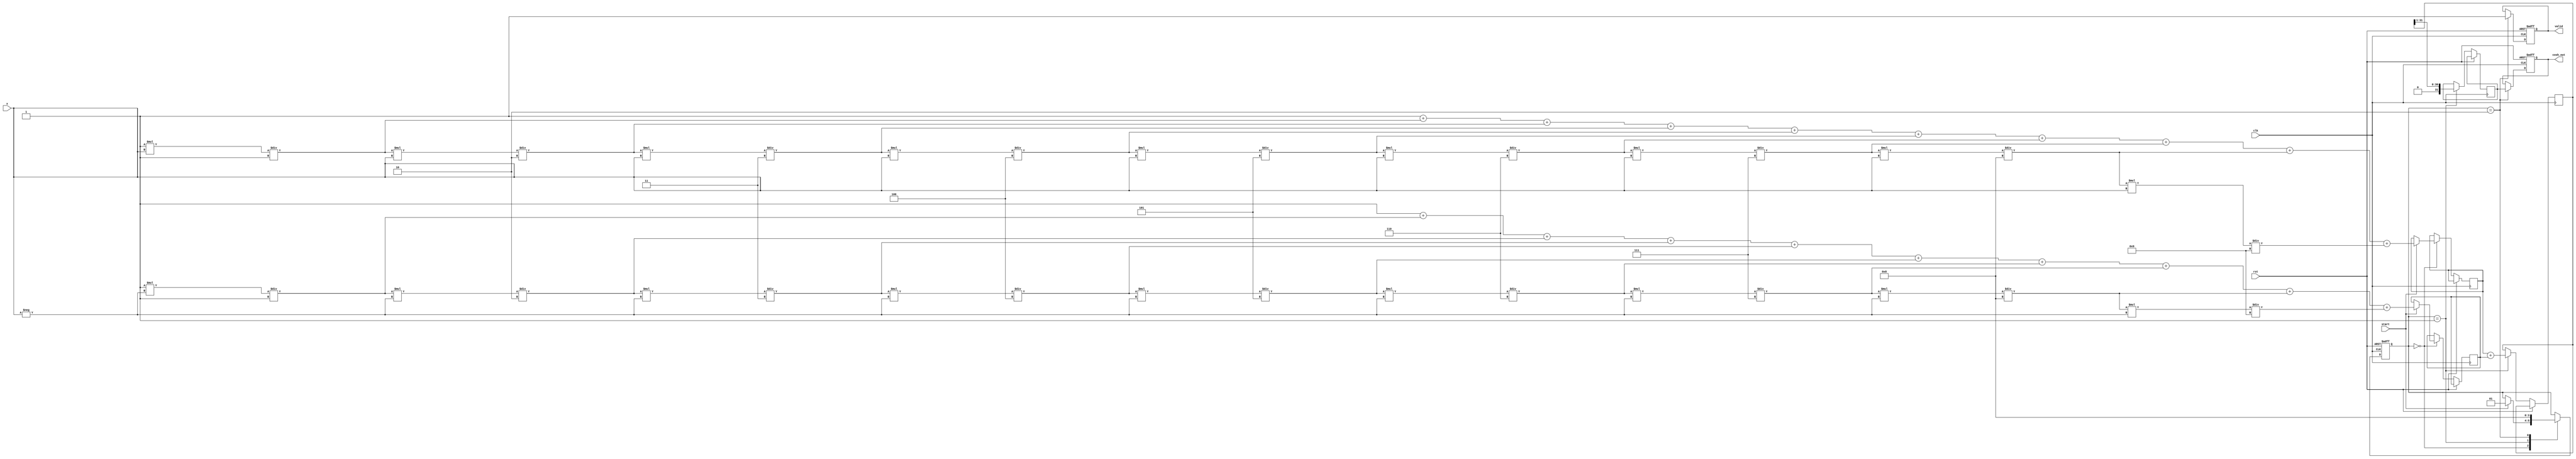
module hyperbolic_cosh #(
    parameter DATA_WIDTH = 32, // Input and output data width
    parameter EXPONENT_WIDTH = 16 // Width for exponent calculation
)(
    input wire clk,
    input wire rst,
    input wire [DATA_WIDTH-1:0] x, // Input value
    input wire start, // Start signal
    output reg [DATA_WIDTH-1:0] cosh_out, // Output value
    output reg valid // Output valid signal
);

    // Internal signals
    reg [DATA_WIDTH-1:0] exp_x; // e^x
    reg [DATA_WIDTH-1:0] exp_neg_x; // e^-x
    reg [DATA_WIDTH-1:0] sum_exp; // e^x + e^-x
    reg [DATA_WIDTH-1:0] half_sum; // (e^x + e^-x) / 2
    reg [1:0] state; // State for FSM
    localparam IDLE = 2'b00, CALC = 2'b01, DONE = 2'b10;

    // Exponential calculation using Taylor series expansion
    function [DATA_WIDTH-1:0] exp_func(input [DATA_WIDTH-1:0] val);
        integer i;
        reg [DATA_WIDTH-1:0] term;
        reg [DATA_WIDTH-1:0] result;
        begin
            result = 32'h00000001; // e^0 = 1
            term = 32'h00000001; // First term of the series
            for (i = 1; i < 10; i = i + 1) begin // 10 terms for approximation
                term = (term * val) / i; // Calculate term
                result = result + term; // Add term to result
            end
            exp_func = result;
        end
    endfunction

    // State machine for control logic
    always @(posedge clk or posedge rst) begin
        if (rst) begin
            state <= IDLE;
            valid <= 0;
            cosh_out <= 0;
        end else begin
            case (state)
                IDLE: begin
                    if (start) begin
                        exp_x <= exp_func(x); // Calculate e^x
                        exp_neg_x <= exp_func(-x); // Calculate e^-x
                        state <= CALC;
                    end
                end
                CALC: begin
                    sum_exp <= exp_x + exp_neg_x; // e^x + e^-x
                    half_sum <= sum_exp >> 1; // Divide by 2 (right shift)
                    state <= DONE;
                end
                DONE: begin
                    cosh_out <= half_sum; // Output result
                    valid <= 1; // Set valid signal
                    state <= IDLE; // Go back to IDLE
                end
            endcase
        end
    end

endmodule